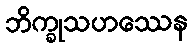
ဘိက္ခုသဟဿေန